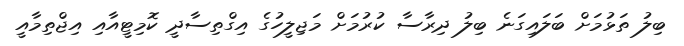
ބިލު ތަޅުމަށް ބަލައިގަނެ ބިލު ދިރާސާ ކުރުމަށް މަޖިލީހުގެ އިގްތިސާދީ ކޮމިޓީއާއި އިޖްތިމާއީ